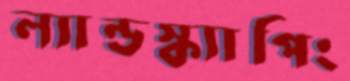
ল্যান্ডস্ক্যাপিং